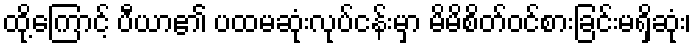
ထို့ကြောင့် ပီယာ၏ ပထမဆုံးလုပ်ငန်းမှာ မိမိစိတ်ဝင်စားခြင်းမရှိဆုံး၊